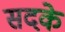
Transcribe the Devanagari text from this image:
सदके